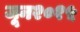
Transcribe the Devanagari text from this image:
जून२०१५